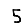
Digit: 5